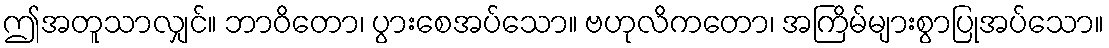
ဤအတူသာလျှင်။ ဘာဝိတော၊ ပွားစေအပ်သော။ ဗဟုလိကတော၊ အကြိမ်များစွာပြုအပ်သော။